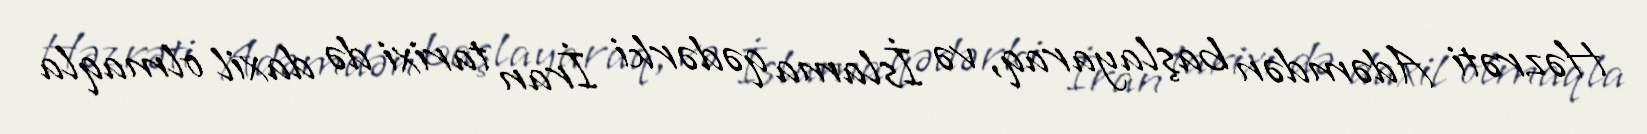
Həzrəti Adəmdən başlayaraq, və İslama qədərki İran tarixi də daxil olmaqla